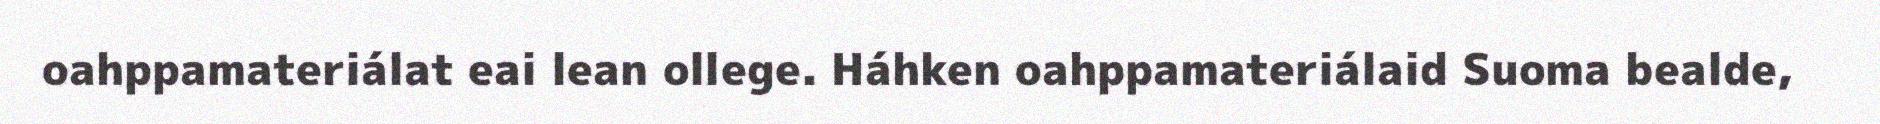
oahppamateriálat eai lean ollege. Háhken oahppamateriálaid Suoma bealde,